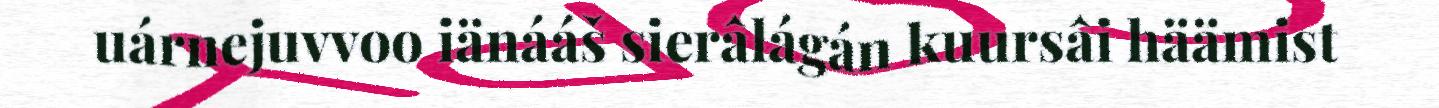
uárnejuvvoo iänááš sierâlágán kuursâi häämist